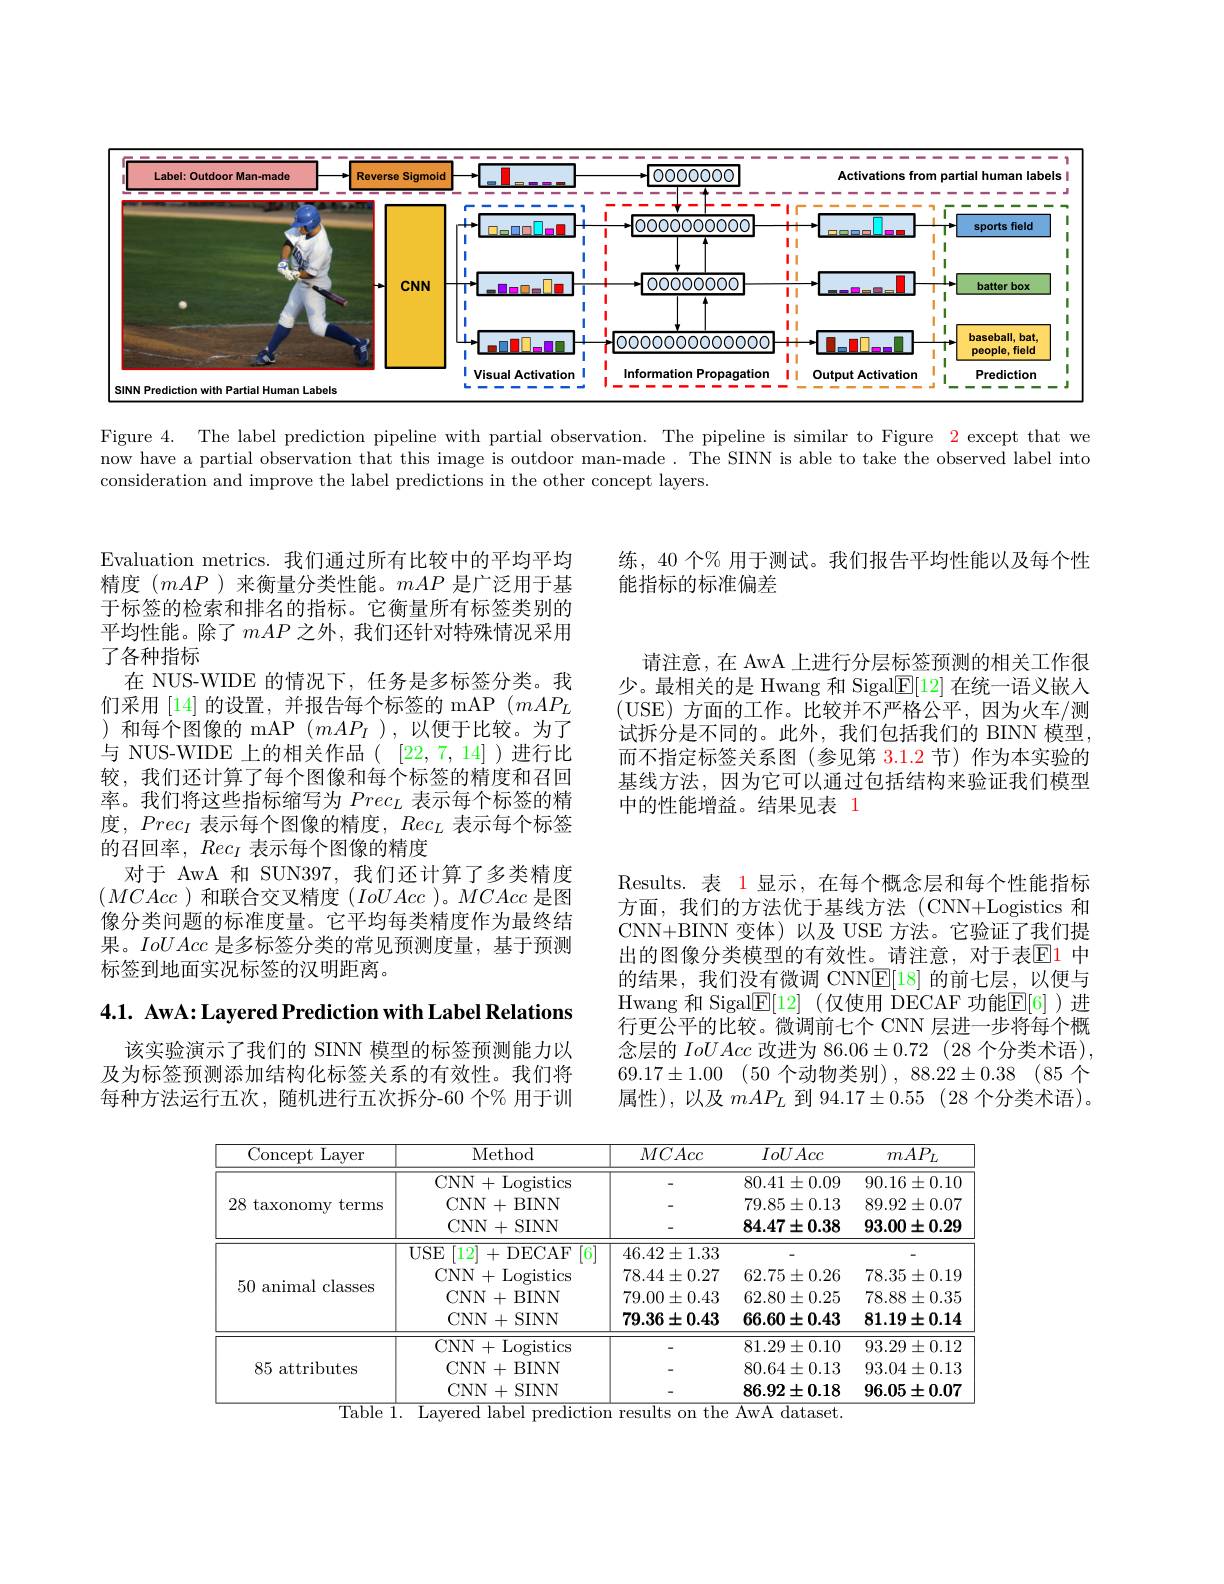
<FigureHere>

Figure 4. The label prediction pipeline with partial observation. The pipeline is similar to Figure $\color{red}{2}$ except that we now have a partial observation that this image is outdoor man-made. The SINN is able to take the observed label into consideration and improve the label predictions in the other concept layers.

练，40 个% 用于测试。我们报告平均性能以及每个性
能指标的标准偏差

请注意，在 AwA 上进行分层标签预测的相关工作很少。最相关的是 Hwang 和 Sigal$\underline{\mathrm{E}}[12]$在统一语义嵌人(USE)方面的工作。比较并不严格公平，因为火车/测试拆分是不同的。此外，我们包括我们的 BINN 模型， 而不指定标签关系图(参见第 3.1.2 节)作为本实验的基线方法，因为它可以通过包括结构来验证我们模型中的性能增益。结果见表 1

Evaluation metrics. 我们通过所有比较中的平均平均精度$(mAP$ )来衡量分类性能。mAP是广泛用于基于标签的检索和排名的指标。它衡量所有标签类别的平均性能。除了mAP 之外，我们还针对特殊情况采用了各种指标
在 NUS-WIDE 的情况下，任务是多标签分类。我们采用[14]的设置，并报告每个标签的 mAP $(mAP_L$ )和每个图像的 mAP $(mAP_I$ ),以便于比较。为了与 NUS-WIDE 上的相关作品( [22,7,14])进行比较，我们还计算了每个图像和每个标签的精度和召回率。我们将这些指标缩写为$Prec_L$表示每个标签的精度，$Prec_I$表示每个图像的精度，$Rec_L$表示每个标签的召回率，$Rec_I$表示每个图像的精度
对于 AwA 和 SUN397, 我们还计算了多类精度$(MCAcc)$和联合交叉精度$(IoUAcc)$。MCAcc是图像分类问题的标准度量。它平均每类精度作为最终结果。IoUAcc是多标签分类的常见预测度量，基于预测标签到地面实况标签的汉明距离。

Results.表 1 显示，在每个概念层和每个性能指标方面，我们的方法优于基线方法(CNN+Logistics 和CNN+BINN 变体)以及 USE 方法。它验证了我们提出的图像分类模型的有效性。请注意，对于表$\mathbb{E}$1 中的结果，我们没有微调 CNNE[18]的前七层，以便与Hwang 和 Sigal$\mathbb{E}[12]$ (仅使用 DECAF 功能$\mathbb{E}[6]$ )进行更公平的比较。微调前七个 CNN 层进一步将每个概念层的IoUAcc改进为 86.06$\pm 0. 72$ (28个分类术语), $69. 17\pm 1. 00$ (50个动物类别), 88.22±0.38&(85&个属性),以及$mAP_L$到 94.17$\pm 0. 55$ (28个分类术语)。

4.1. AwA: Layered Prediction with Label Relations

该实验演示了我们的 SINN 模型的标签预测能力以及为标签预测添加结构化标签关系的有效性。我们将每种方法运行五次，随机进行五次拆分-60 个% 用于训

<table>
	<tbody>
		<tr>
			<th>Concept Layer</th>
			<th>Method</th>
			<th>MCAcc</th>
			<th>IoUAcc</th>
			<th>$mAP_{L}$</th>
		</tr>
		<tr>
			<td rowspan="3">$28{\mathrm{~taxonomy~terms}}$</td>
			<td>CNN $V+$Logistics</td>
			<td> </td>
			<td>$80.41\pm0.09$</td>
			<td>$90.16\pm0.10$</td>
		</tr>
		<tr>
			<td>$CNN$ + $\frac{1}{2}=\frac{1}{2}=\frac{1}{2}$ BINN</td>
			<td> </td>
			<td>$79.85\pm0.13$</td>
			<td>$89.92\pm0.07$</td>
		</tr>
		<tr>
			<td>CNN+SINN</td>
			<td> </td>
			<td>$84.47\pm0.38$</td>
			<td>$93.00\pm0.29$</td>
		</tr>
		<tr>
			<td rowspan="4">50 animal classes</td>
			<td>$USE$ [12]+DECAF [6] 11</td>
			<td>$46.42\pm1.33$</td>
			<td> </td>
			<td> </td>
		</tr>
		<tr>
			<td>$CNN$ +Logistics</td>
			<td>$78.44\pm0.27$</td>
			<td>$62.75\pm0.26$</td>
			<td>$78.35\pm0.19$</td>
		</tr>
		<tr>
			<td>$CNN$ + ${\mathrm{BINN}}$</td>
			<td>$79.00\pm0.43$</td>
			<td>$62.80\pm0.25$</td>
			<td>$78.88\pm0.35$</td>
		</tr>
		<tr>
			<td>CNN+SINN</td>
			<td>$79.36\pm0.43$</td>
			<td>$66.60\pm0.43$</td>
			<td>$81.19\pm0.14$</td>
		</tr>
		<tr>
			<td rowspan="3">85 attributes</td>
			<td>CNN+ Logistics</td>
			<td> </td>
			<td>$81.29\pm0.10$</td>
			<td>$93.29\pm0.12$</td>
		</tr>
		<tr>
			<td>$CNN$ + ${\mathrm{BINN}}$</td>
			<td> </td>
			<td>$80.64\pm0.13$</td>
			<td>$93.04\pm0.13$</td>
		</tr>
		<tr>
			<td>$CNN$ + . SINN</td>
			<td> </td>
			<td>$86.92\pm0.18$</td>
			<td>$96.05\pm0.07$</td>
		</tr>
	</tbody>
</table>